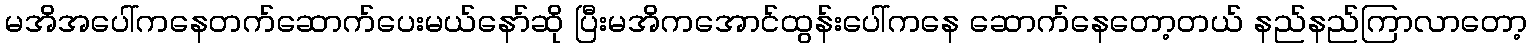
မအိအပေါ်ကနေတက်ဆောက်ပေးမယ်နော်ဆို ပြီးမအိကအောင်ထွန်းပေါ်ကနေ ဆောက်နေတော့တယ် နည်နည်ကြာလာတော့